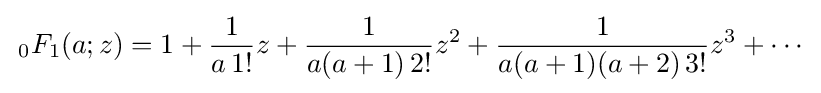
\,_{0}F_{1}(a;z)=1+{\frac {1}{a\,1!}}z+{\frac {1}{a(a+1)\,2!}}z^{2}+{\frac {1}{a(a+1)(a+2)\,3!}}z^{3}+\cdots